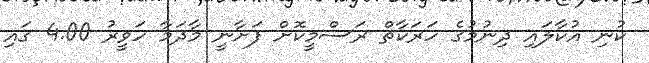
ކުނި އުކާލައި ދިނުމުގެ ހަރަކާތް ރަސްމީކޮށް ފަށާނީ މާދަމާ ހަވީރު 4.00 ގައި